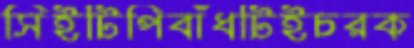
সিইটিপিবাঁধটিইচরক